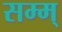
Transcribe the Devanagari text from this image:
सम्म्